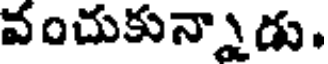
వంచుకున్నాడు.